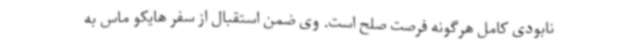
نابودی کامل هرگونه فرصت صلح است. وی ضمن استقبال از سفر هایکو ماس به